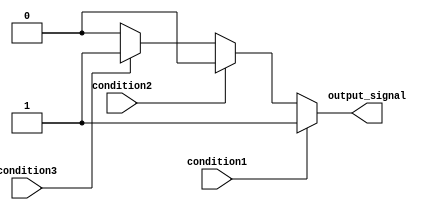
module if_else_ladder (
    input wire condition1,
    input wire condition2,
    input wire condition3,
    output reg output_signal
);

always @* begin
    if (condition1) begin
        // code block if condition1 is true
        output_signal = 1;
    end else if (condition2) begin
        // code block if condition2 is true
        output_signal = 2;
    end else if (condition3) begin
        // code block if condition3 is true
        output_signal = 3;
    end else begin
        // default code block if none of the conditions are met
        output_signal = 0;
    end
end

endmodule